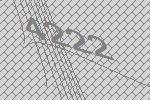
4222